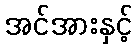
အင်အားနှင့်